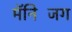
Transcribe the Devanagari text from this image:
मॅनिजिंग